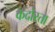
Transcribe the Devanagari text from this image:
कदोरता